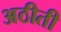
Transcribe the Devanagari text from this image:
अठीती